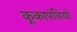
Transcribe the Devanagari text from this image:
कूकापंथियों